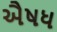
ઐષધ